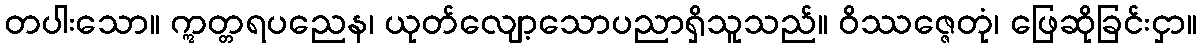
တပါးသော။ ဣတ္တရပညေန၊ ယုတ်လျော့သောပညာရှိသူသည်။ ဝိဿဇ္ဇေတုံ၊ ဖြေဆိုခြင်းငှာ။